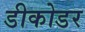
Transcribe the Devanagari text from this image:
डीकोडर